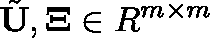
\tilde { \mathbf { U } } , \mathbf { \Xi } \in \mathbb { R } ^ { m \times m }